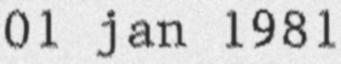
01 jan 1981